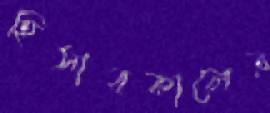
হিসাবকালের